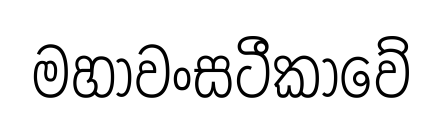
මහාවංසටීකාවේ